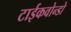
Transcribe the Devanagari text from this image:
टाईकवोन्डो